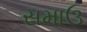
સમાઉ